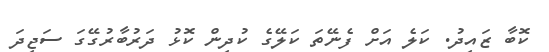
ކޮބާ ޒައިދު. ކަލެ އަށް ފެނޭތަ ކަލޭގެ ކުދިން ކޮޅު ދަރުބާރުގޭގަ ސަޖިދަ